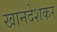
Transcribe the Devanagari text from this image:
खानदेशकर